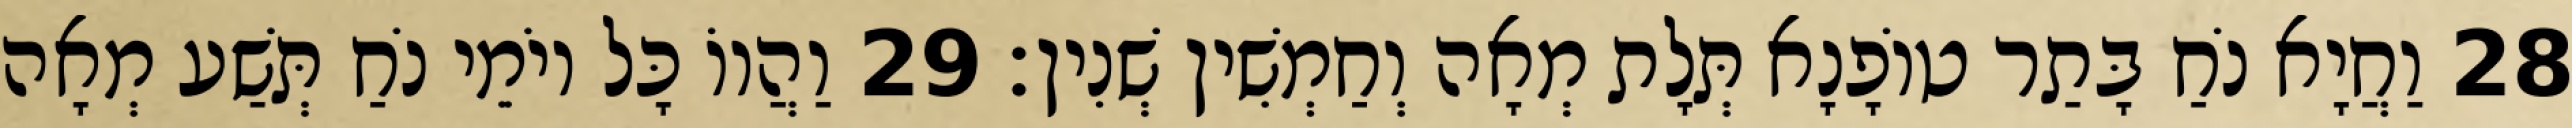
28 וַחֲיָא נֹחַ בָּתַר טוֹפָנָא תְּלָת מְאָה וְחַמְשִׁין שְׁנִין׃ 29 וַהֲווֹ כָּל יוֹמֵי נֹחַ תְּשַׁע מְאָה